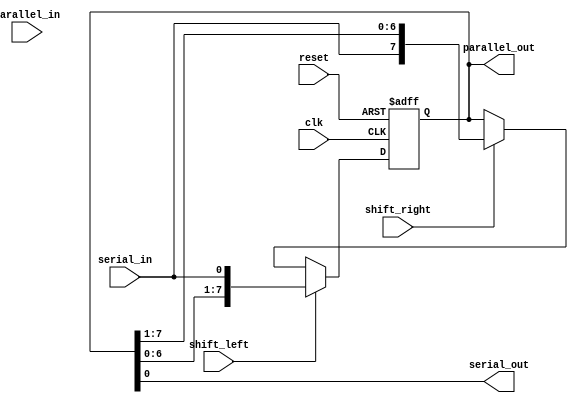
module shift_register(
    input wire clk,
    input wire reset,
    input wire shift_left,
    input wire shift_right,
    input wire serial_in,
    input wire [7:0] parallel_in,
    output wire serial_out,
    output reg [7:0] parallel_out
);

reg [7:0] data;

always @(posedge clk or posedge reset) begin
    if (reset) begin
        data <= 8'b0;
    end
    else begin
        if (shift_left) begin
            data <= {data[6:0], serial_in};
        end
        else if (shift_right) begin
            data <= {serial_in, data[7:1]};
        end
    end
end

assign serial_out = data[0];
assign parallel_out = data;

endmodule